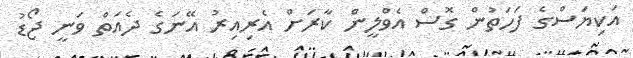
އަކިޔަސްގެ ފަހަތުން ގޮސް އެވްލީން ކާރަށް އެރިއިރު އޭނަގެ ދެއަތް ވަނީ ޖޯޑު